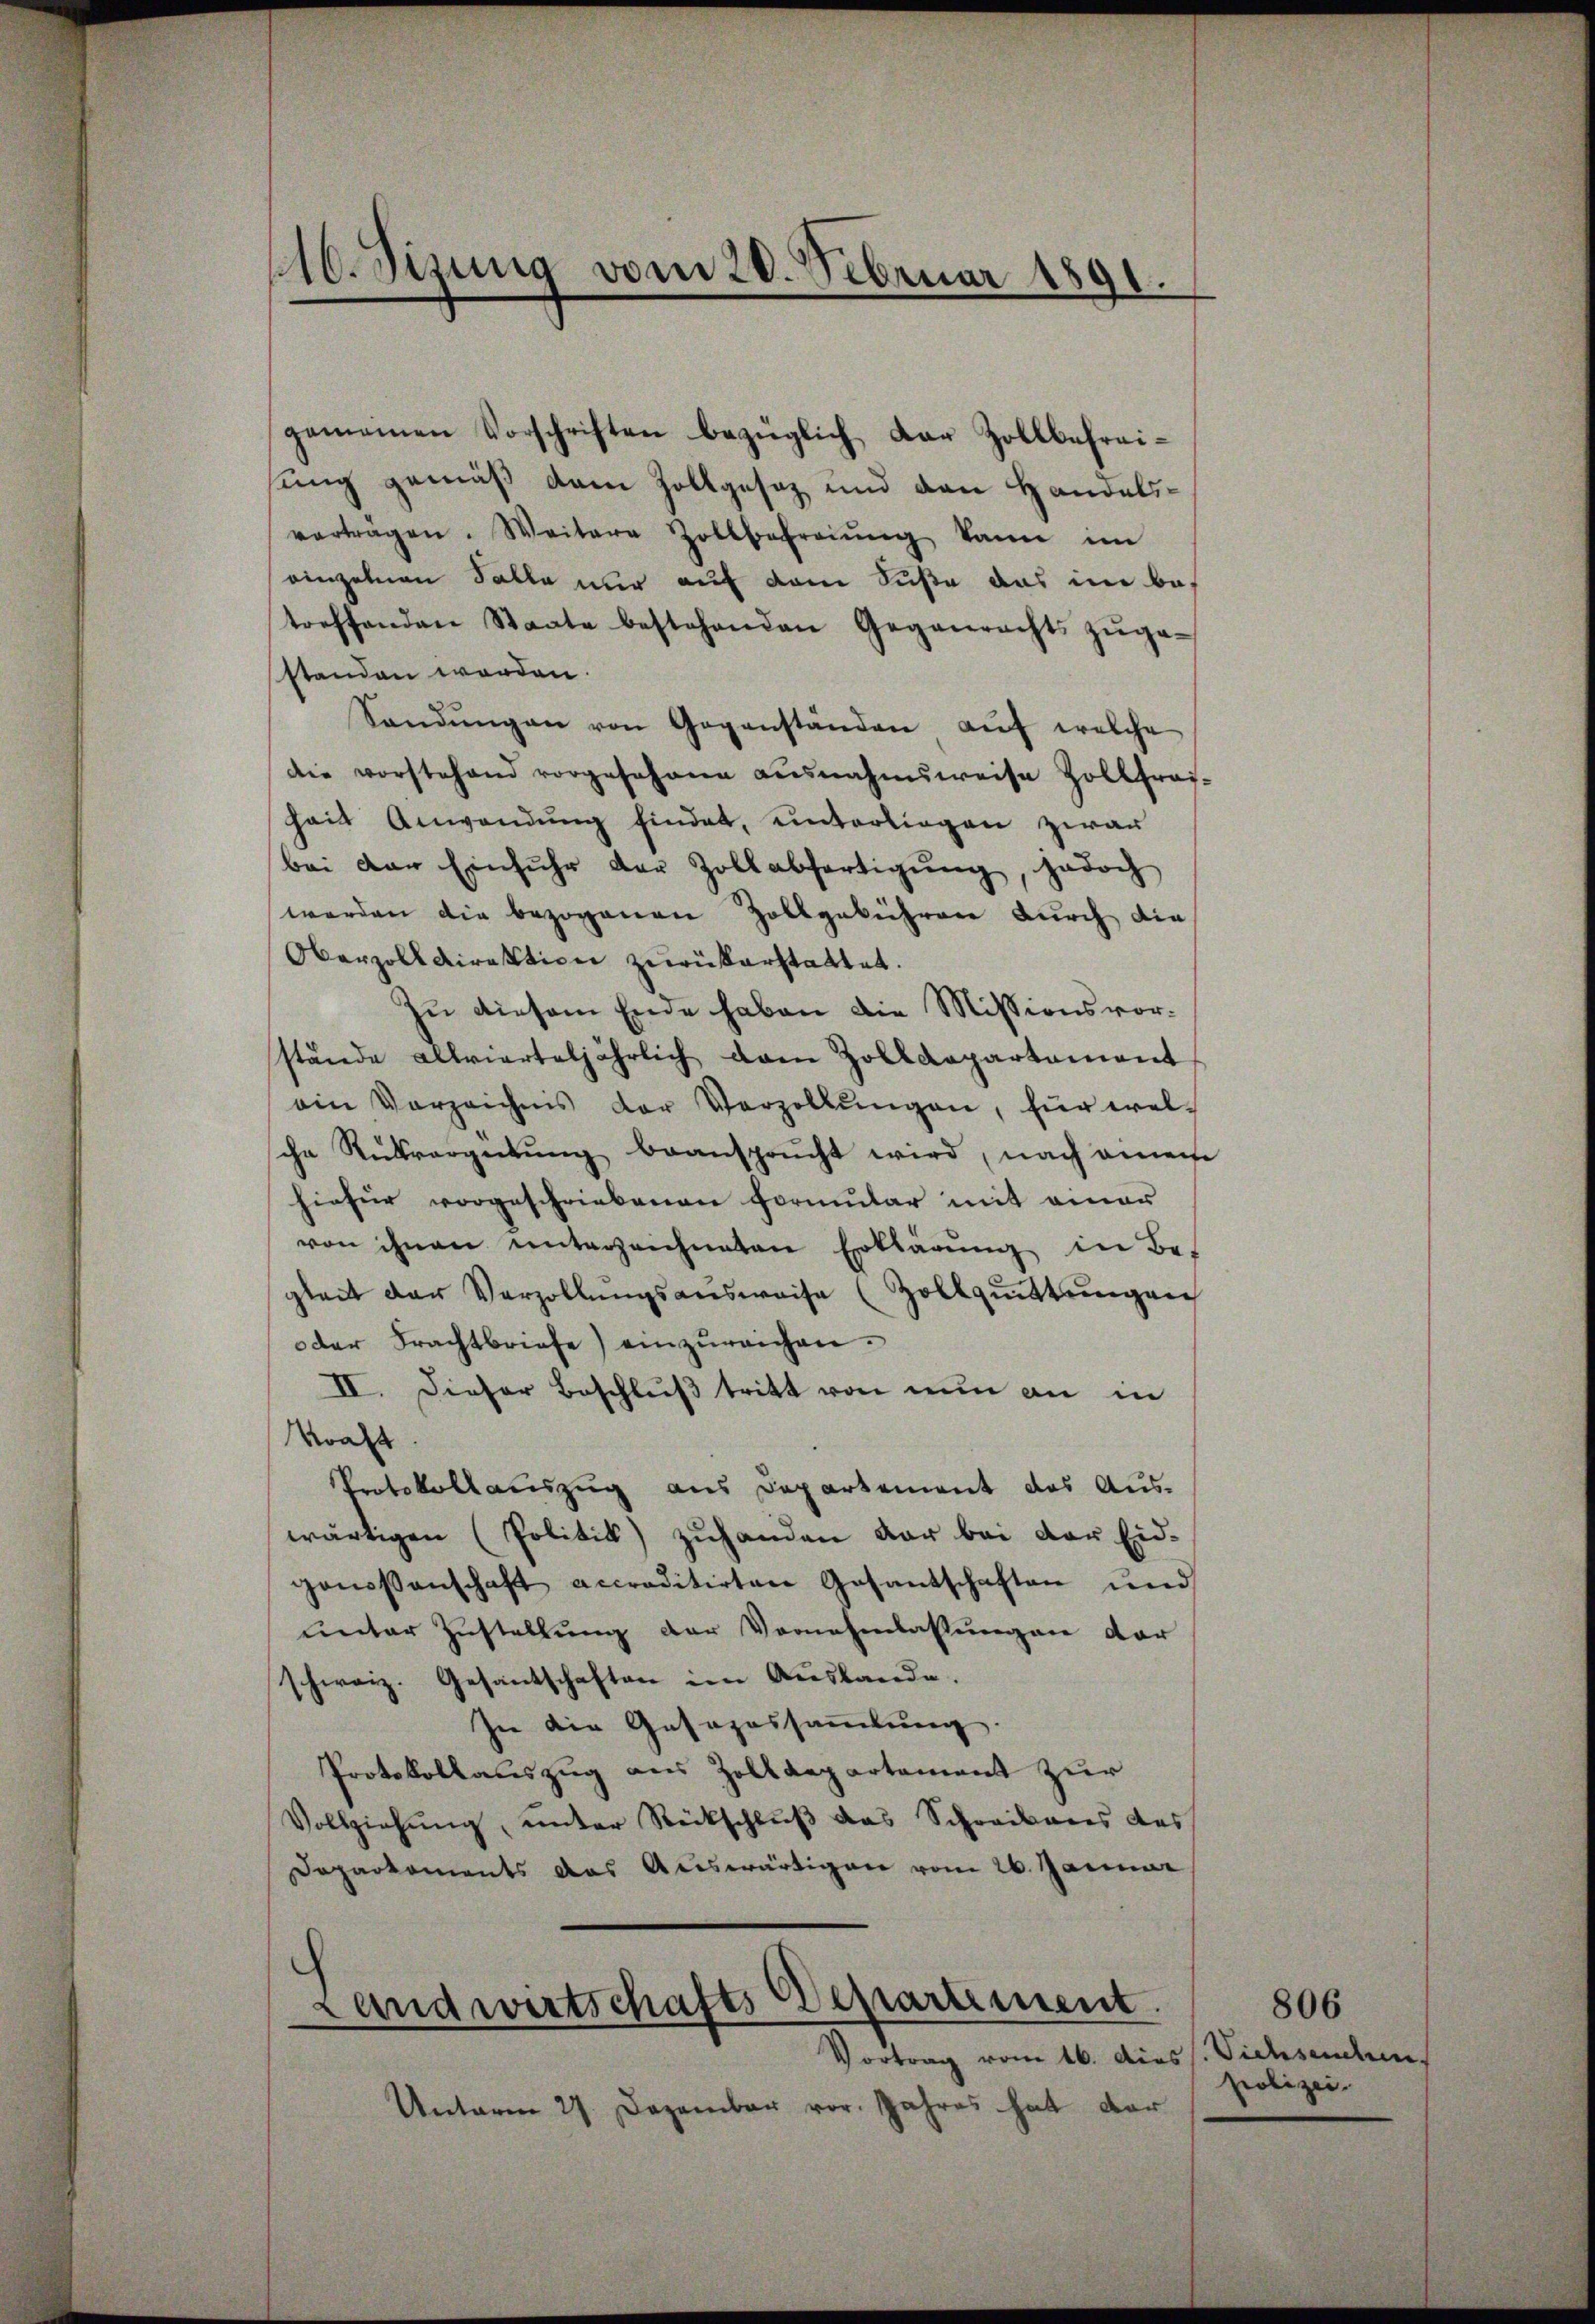
gemeinen Vorschriften bezüglich dar Zollbefreisung gemäß dem Zollgesez und den Handelsvorträgen. Weitere Zollbefreiung kann im
einzelnen Falle nur auf dem Suße das im betreffenden Staate bestehenden Gegenrechts zŭge-
standen worden.
Sandŭngen von Gegenständen aŭf welche
die vorstehend vorgesehene ausnahmsweise Zollfras-
Zeit Anwendung findet, unterliegen zwar
bei der Einfuhr der Zollabfertigŭng, jedoch
werden die bezogenen Zollgebühren durch die
Oberzolldirektion zurückerstattet.
Zu diesem Ende haben die Missionsvorstände allvierteljährlich von Zolldepartement
ein Verzeichnis der Verzollŭngen, für wel-
che Rükvergütŭng beansprŭcht wird, nach einen
hiefür vorgeschriebenen Formular mit einer
von ihnen unterzeichneten Erklärŭng in Be-
gleit der Verzollŭngsansweise (Zollqŭittŭngen
oder Frachtbriefe) einzŭreichen.
II. Dieser Beschluß tritt von nun an in
Kraft
Protokollauszug aus Departement das Aus-
wärtigen (Politik) zuhanden dar bei der Eidgenossenschaft accreditirten Gesantschaften und
unter Zustellung der Vernehmlassungen der
schweiz. Gesandschaften im Auslande.
In die Gesezessammlung.
Protokollauszug aus Zolldepartement zur
Vollziehung, unter Rückschluß das Schreibens des
Daparkoments das Auswärtigen vom 26. Januar
Landwirtschafts Departement
Vortrag vom 16. dies s. Vichsenden.
Unterm 27. Dezember vor. Jahres hat der

110. Sizung vom 20. Februar 1891.

806
polizei.